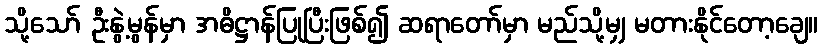
သို့သော် ဦးနွဲ့မွန်မှာ အဓိဋ္ဌာန်ပြုပြီးဖြစ်၍ ဆရာတော်မှာ မည်သို့မျှ မတားနိုင်တော့ချေ။